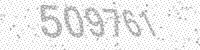
Solution: 509761